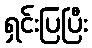
ရှင်းပြပြီး